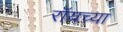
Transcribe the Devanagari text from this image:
रॉयच्या